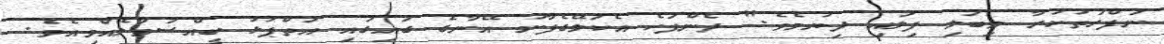
ނަފްރަތުކުރާ މިބަލި ފިލައި ދިޔުމެވެ." ދެންފަހެ އެކަލޭގެފާނު އޭނާގެ ގައިގައި އަތްޕުޅު ބީއްސަވާލެއްވިއެވެ.